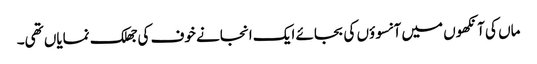
ماں کی آنکھوں میں آنسوؤں کی بجائے ایک انجانے خوف کی جھلک نمایاں تھی۔